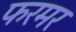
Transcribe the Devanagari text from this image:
फरमर